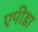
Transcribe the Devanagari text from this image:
एपीडा